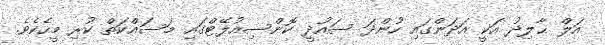
އަލް ޙާލިދު އަކީ އަދަންގައި ހުންދަ ސައުދީ ކޮންސިއުލޭޓްގައި މަސައްކަތް ކުރި މީހެކެވެ.